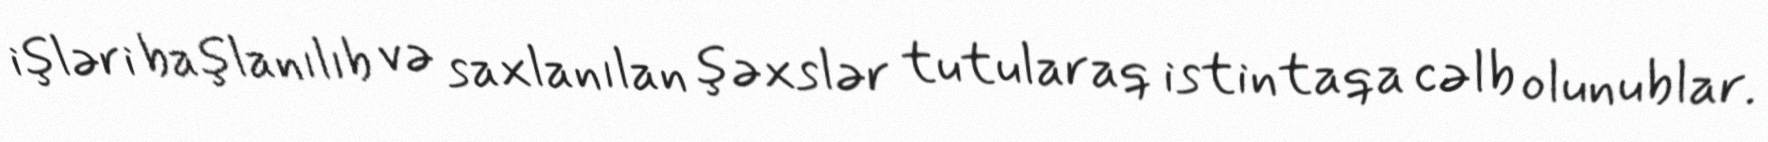
işləri başlanılıb və saxlanılan şəxslər tutularaq istintaqa cəlb olunublar.